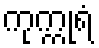
ကုက္ကုရံ